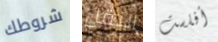
شروطك النقل أفلست